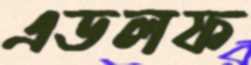
এডলফ